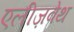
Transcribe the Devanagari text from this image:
एलीज़वेथ